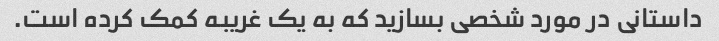
داستانی در مورد شخصی بسازید که به یک غریبه کمک کرده است.